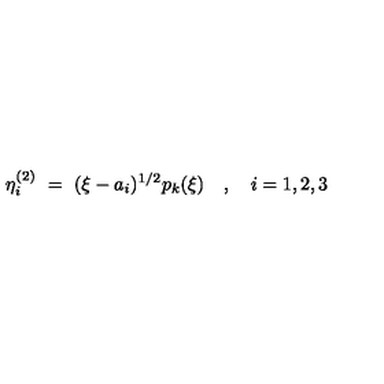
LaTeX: \eta _ { i } ^ { ( 2 ) } \ = \ ( \xi - a _ { i } ) ^ { 1 / 2 } p _ { k } ( \xi ) \quad , \quad i = 1 , 2 , 3